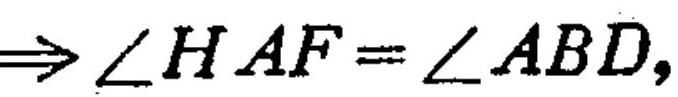
\(\Rightarrow \angle HAF=\angle ABD,\)